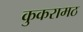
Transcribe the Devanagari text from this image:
कुकरामठ